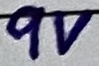
Text: 9V